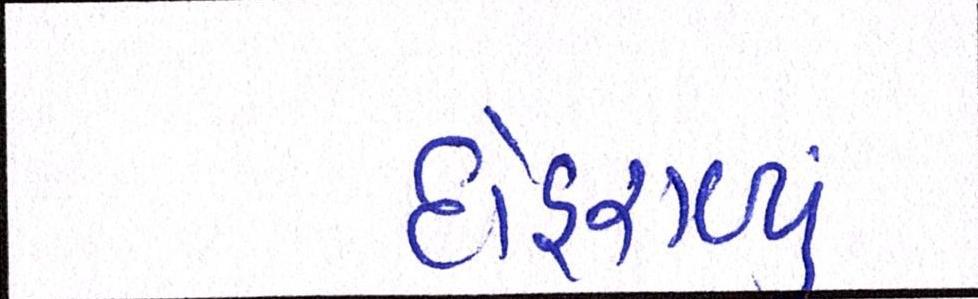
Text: દોહરાવ્યું